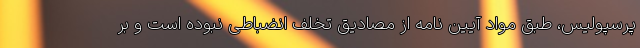
پرسپولیس، طبق مواد آیین نامه از مصادیق تخلف انضباطی نبوده است و بر